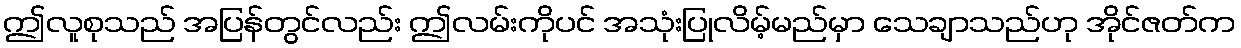
ဤလူစုသည် အပြန်တွင်လည်း ဤလမ်းကိုပင် အသုံးပြုလိမ့်မည်မှာ သေချာသည်ဟု အိုင်ဇတ်က